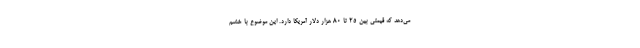
می‌دهد که قیمتی بین 25 تا 80 هزار دلار آمریکا دارد. این موضوع با خشم